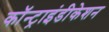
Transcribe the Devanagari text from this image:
कॉन्ट्राइंडीकेशन